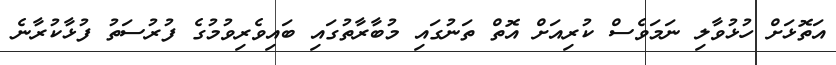
އަތޮޅަށް ހުޅުވާލި ނަމަވެސް ކުރިއަށް އޮތް ތަނުގައި މުބާރާތުގައި ބައިވެރިވުމުގެ ފުރުސަތު ފުޅާކުރާނެ